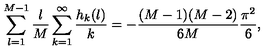
\sum _ { l = 1 } ^ { M - 1 } { \frac { l } { M } } \sum _ { k = 1 } ^ { \infty } { \frac { h _ { k } ( l ) } { k } } = - { \frac { ( M - 1 ) ( M - 2 ) } { 6 M } } { \frac { \pi ^ { 2 } } { 6 } } ,